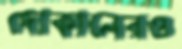
দোকানেরও